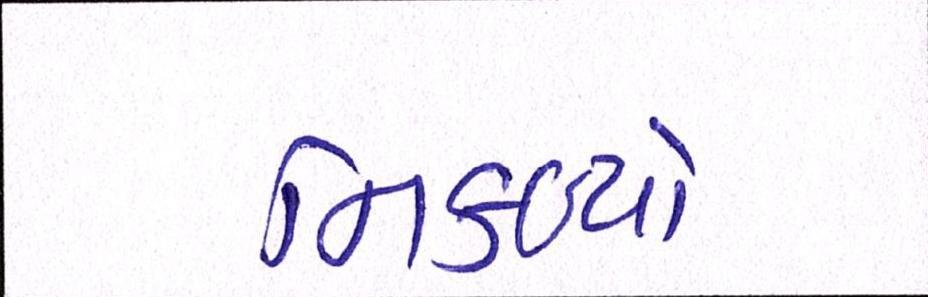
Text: નિકળ્યો